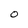
Character: O